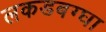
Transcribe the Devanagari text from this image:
लकडबग्घा